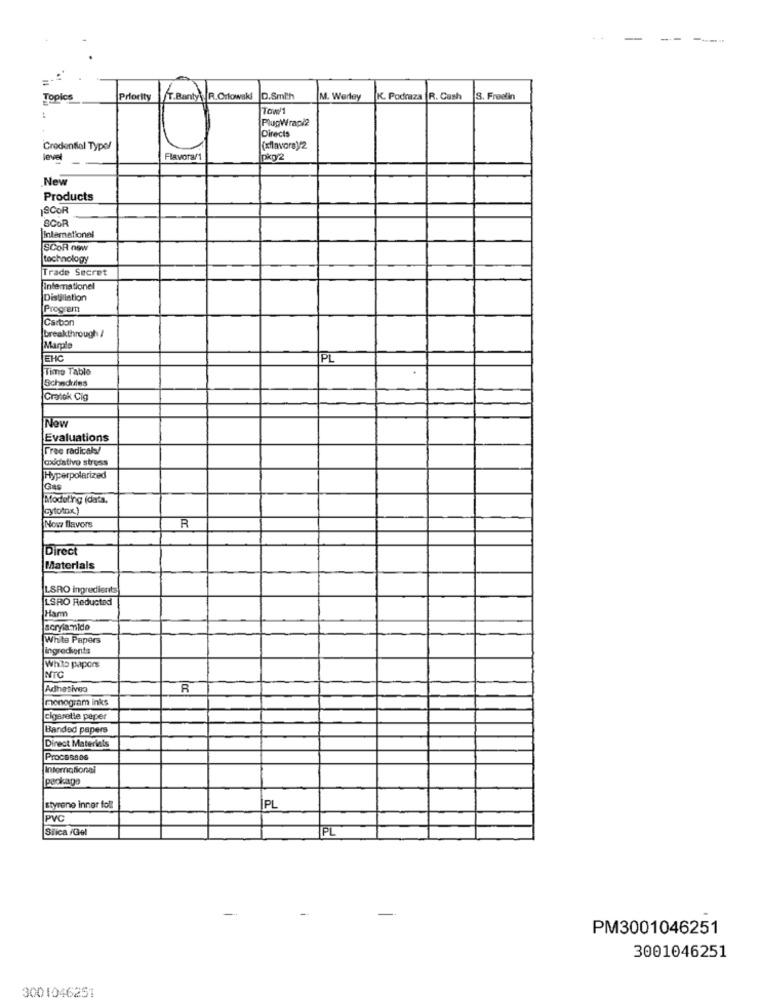
-
--
Topics
Priority
T.Banty\ R.Orlowski
D.Smith
M. Werley
K. Podraza R. Cash
3. Freelin
Tow
PlugWrapi2
Directs
Credential Type!
(silavora)/2
level
Flavora/1
pkp/2
New
Products
SCOR
SCOR
[International
SCOR nsw
technology
Trade Secret
infemrationel
Distillation
Program
Carbon
breakthrough /
Marple
EHC
PL
Time Table
Schadeins
Cratok Cig
New
Evaluations
Free radical!
oxidative stress
Hyperpolarized
Modeling (data.
cytotox.)
R
Now flavors
Direct
Materials
LSRO ingredients
LSRO Reducted
Harm
acrylamido
White Papers
ingredients
White papers
NTC
Adhesives
R
monogram inks
cigarette peper
Banded papers
Direct Materials
Processos
International
Package
styrene inner foll
IPL
PVC
Siica /Gel
PL
PM3001046251
3001046251
3001046251